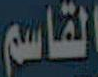
القاسم